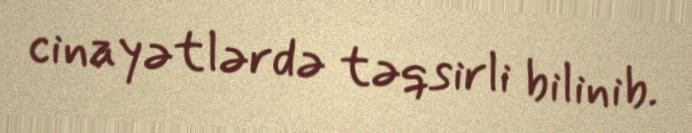
cinayətlərdə təqsirli bilinib.